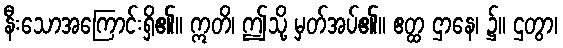
နီးသောအကြောင်းရှိ၏။ ဣတိ၊ ဤသို့ မှတ်အပ်၏။ ဧတ္ထ ဌာနေ၊ ၌။ ဌတွာ၊